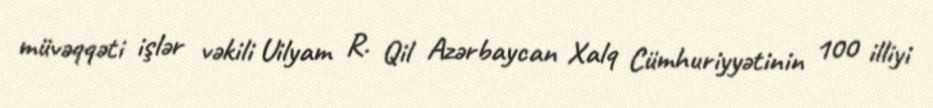
müvəqqəti işlər vəkili Uilyam R. Qil Azərbaycan Xalq Cümhuriyyətinin 100 illiyi